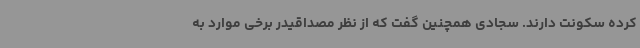
کرده سکونت دارند. سجادی همچنین گفت که از نظر مصداقیدر برخی موارد به